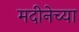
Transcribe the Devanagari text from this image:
मदीनेच्या